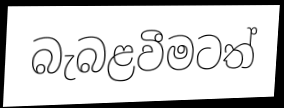
බැබළවීමටත්